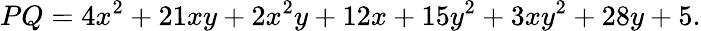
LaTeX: PQ=4x^{2}+21xy+2x^{2}y+12x+15y^{2}+3xy^{2}+28y+5.